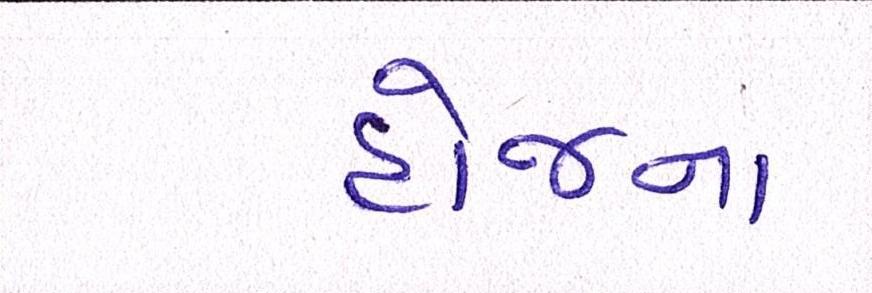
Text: હોજના